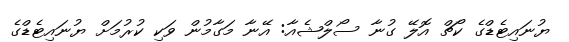
ޔުނައިޓެޑްގެ ކޯޗް އޮލޭ ގުނާ ސޯލްޝެއާ: އޭނާ މަގާމުން ވަކި ކުރުމަށް ޔުނައިޓެޑްގެ